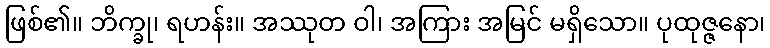
ဖြစ်၏။ ဘိက္ခု၊ ရဟန်း။ အဿုတ ဝါ၊ အကြား အမြင် မရှိသော။ ပုထုဇ္ဇနော၊